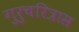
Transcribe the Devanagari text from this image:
गुरुचरित्रास